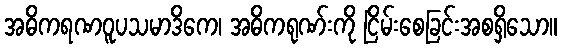
အဓိကရဏဝူပသမာဒိကေ၊ အဓိကရုဏ်းကို ငြိမ်းစေခြင်းအစရှိသော။